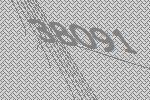
38091